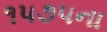
૧૫૭૫ના